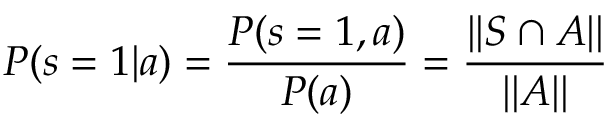
P ( s = 1 | a ) = \frac { P ( s = 1 , a ) } { P ( a ) } = \frac { | | S \cap A | | } { | | A | | }